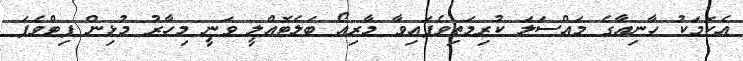
އެކަމަކު ހާނިއާގެ މައްސަލަ ކުރިމަތިވެފައިވާ މާރިއޯ ބަލެޓޮއްލީ ވަނީ މިހާރު މުޅިން ފިޓްވެފަ